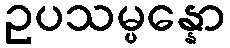
ဥပသမ္ပန္နော